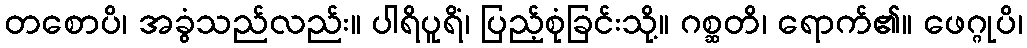
တစောပိ၊ အခွံသည်လည်း။ ပါရိပူရိံ၊ ပြည့်စုံခြင်းသို့။ ဂစ္ဆတိ၊ ရောက်၏။ ဖေဂ္ဂုပိ၊